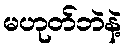
မဟုတ်ဘဲနဲ့